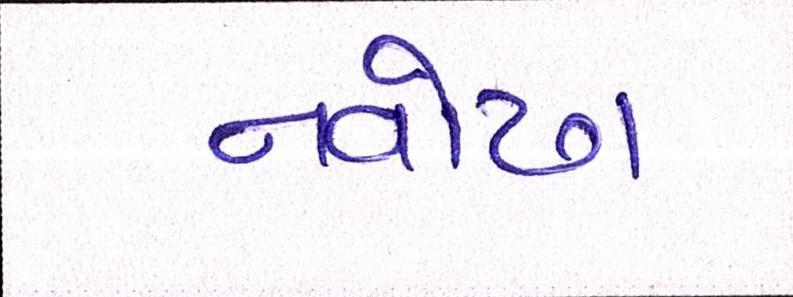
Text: નવોઢા